Problem: 84 + 78 = ?
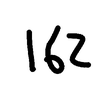
Handwritten answer: 162